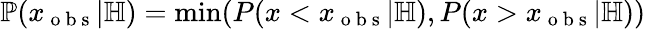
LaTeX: \mathbb P(x_{\mathrm{~o~b~s~}}|\mathbb H)=\operatorname*{min}(P(x<x_{\mathrm{~o~b~s~}}|\mathbb H),P(x>x_{\mathrm{~o~b~s~}}|\mathbb H))